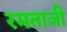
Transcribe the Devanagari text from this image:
रमताजी